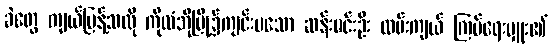
ခဲတွေ ကျယ်ပြန့်သလို ကိုလံဘိုမြို့၌ကျင်းပသော ဆန်းမင်းဦး လမ်းကျယ် ကြပ်ရေးမှူး၏